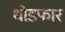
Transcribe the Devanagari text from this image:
थोडफार